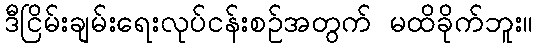
ဒီငြိမ်းချမ်းရေးလုပ်ငန်းစဉ်အတွက် မထိခိုက်ဘူး။